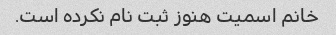
خانم اسمیت هنوز ثبت نام نکرده است.